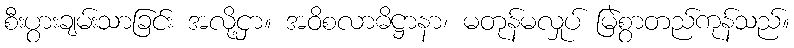
စီးပွားချမ်းသာခြင်း အလို့ငှာ။ အဝိစလာဓိဋ္ဌာနာ၊ မတုန်မလှုပ် မြဲစွာတည်ကုန်သည်။